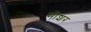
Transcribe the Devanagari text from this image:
नोशर